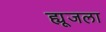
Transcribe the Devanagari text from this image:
ह्यूजला